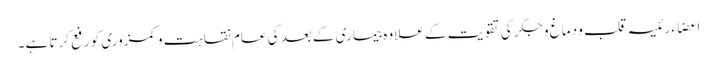
اعضاء رئیسہ قلب و دماغ و جگر کی تقویت کے علاوہ بیماری کے بعد کی عام نقاہت و کمزوری کو رفع کرتا ہے۔